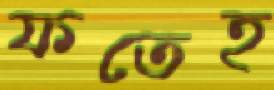
ফতেহ